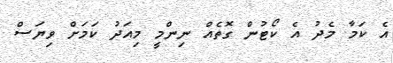
އެ ކަމާ މެދު އެ ކޯޓުން ގޮތެއް ނިންމީ މިއަދު ކަމަށް ވިޔަސް